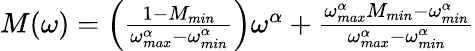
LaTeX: \begin{array}{r}{M(\omega)=\left(\frac{1-M_{min}}{\omega_{max}^{\alpha}-\omega_{min}^{\alpha}}\right)\omega^{\alpha}+\frac{\omega_{max}^{\alpha}M_{min}-\omega_{min}^{\alpha}}{\omega_{max}^{\alpha}-\omega_{min}^{\alpha}}}\end{array}